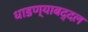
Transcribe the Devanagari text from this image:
धाडण्याबद्दल